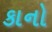
કાનો